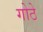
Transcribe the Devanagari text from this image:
गोठे